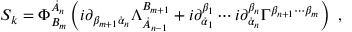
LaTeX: S _ { k } = \Phi _ { B _ { m } } ^ { \dot { A } _ { n } } \left( i \partial _ { \beta _ { m + 1 } \dot { \alpha } _ { n } } \Lambda _ { \dot { A } _ { n - 1 } } ^ { B _ { m + 1 } } + i \partial _ { \dot { \alpha } _ { 1 } } ^ { \beta _ { 1 } } \cdots i \partial _ { \dot { \alpha } _ { n } } ^ { \beta _ { n } } \Gamma ^ { \beta _ { n + 1 } \cdots \beta _ { m } } \right) \ ,